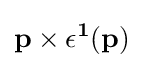
\mathbf {p} \times \mathbf {\epsilon ^{1}} (\mathbf {p} )